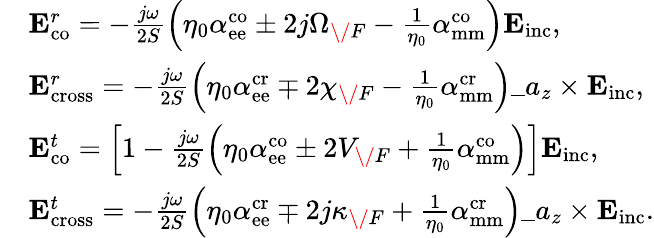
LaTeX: \begin{array}{rl}&{\mathbf{E}_{\mathrm{co}}^{r}=-\frac{j\omega}{2S}\left(\eta_{0}{\alpha}_{\mathrm{ee}}^{\mathrm{co}}\pm 2j\Omega_{\/ F}-\frac{1}{\eta_{0}}{\alpha}_{\mathrm{mm}}^{\mathrm{co}}\right)\mathbf{E}_{\mathrm{inc}},}\\ &{\mathbf{E}_{\mathrm{cross}}^{r}=-\frac{j\omega}{2S}\left(\eta_{0}{\alpha}_{\mathrm{ee}}^{\mathrm{cr}}\mp 2\chi_{\/ F}-\frac{1}{\eta_{0}}{\alpha}_{\mathrm{mm}}^{\mathrm{cr}}\right)\_ a_{z}\times\mathbf{E}_{\mathrm{inc}},}\\ &{\mathbf{E}_{\mathrm{co}}^{t}=\left[1-\frac{j\omega}{2S}\left(\eta_{0}{\alpha}_{\mathrm{ee}}^{\mathrm{co}}\pm 2V_{\/ F}+\frac{1}{\eta_{0}}{\alpha}_{\mathrm{mm}}^{\mathrm{co}}\right)\right]\mathbf{E}_{\mathrm{inc}},}\\ &{\mathbf{E}_{\mathrm{cross}}^{t}=-\frac{j\omega}{2S}\left(\eta_{0}{\alpha}_{\mathrm{ee}}^{\mathrm{cr}}\mp 2j\kappa_{\/ F}+\frac{1}{\eta_{0}}{\alpha}_{\mathrm{mm}}^{\mathrm{cr}}\right)\_ a_{z}\times\mathbf{E}_{\mathrm{inc}}.}\end{array}